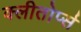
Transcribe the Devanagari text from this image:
क्लीतोर्प्स